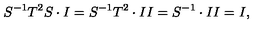
S ^ { - 1 } T ^ { 2 } S \cdot I = S ^ { - 1 } T ^ { 2 } \cdot I I = S ^ { - 1 } \cdot I I = I ,